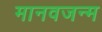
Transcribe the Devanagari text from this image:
मानवजन्म